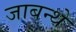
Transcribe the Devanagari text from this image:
जाबन्थे